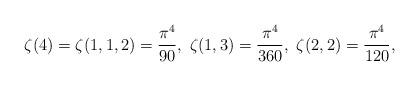
LaTeX: \begin{align*}\zeta(4)=\zeta(1,1,2)=\frac{\pi^{4}}{90},\ \zeta(1,3)=\frac{\pi^{4}}{360},\ \zeta(2,2)=\frac{\pi^{4}}{120},\end{align*}